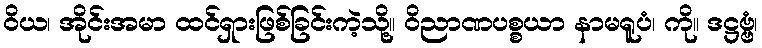
ဝိယ၊ အိုင်းအမာ ထင်ရှားဖြစ်ခြင်းကဲ့သို့။ ဝိညာဏပစ္စယာ နာမရူပံ၊ ကို။ ဒဋ္ဌဗ္ဗံ၊